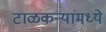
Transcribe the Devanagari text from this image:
टाळकऱ्यांमध्ये